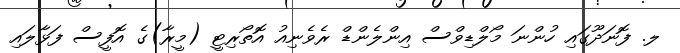
ލ. ފޮނަދޫގައި ހުންނަ މޯލްޑިވްސް އިންލެންޑް ރެވެނިއު އޮތޯރިޓީ (މީރާ)ގެ އޮފީސް ފަޅާލައި